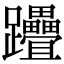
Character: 𨈈